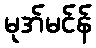
မုအ်မင်န်